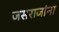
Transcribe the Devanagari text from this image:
जसराजांना